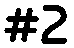
#2